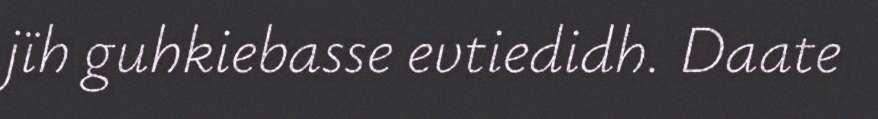
jïh guhkiebasse evtiedidh. Daate